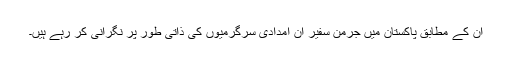
ان کے مطابق پاکستان میں جرمن سفیر ان امدادی سرگرمیوں کی ذاتی طور پر نگرانی کر رہے ہیں۔